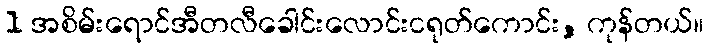
1 အစိမ်းရောင်အီတလီခေါင်းလောင်းငရုတ်ကောင်း, ကုန်တယ်။